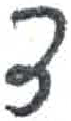
אות: ד